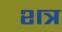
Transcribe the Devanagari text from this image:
शत्र